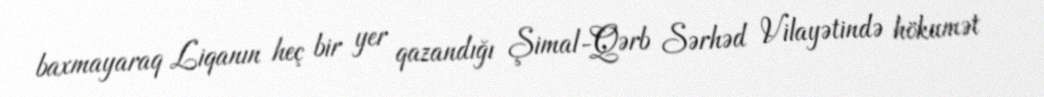
baxmayaraq Liqanın heç bir yer qazandığı Şimal-Qərb Sərhəd Vilayətində hökumət